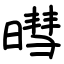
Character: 暳